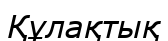
Құлақтық